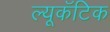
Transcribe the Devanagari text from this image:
ल्यूकॅटिक